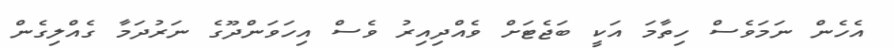
އެހެން ނަމަވެސް ހިތާމަ އަކީ ބަޖެޓަށް ވެއްދިއިރު ވެސް އިހަވަންދޫގެ ނަރުދަމާ ގެއްލިގެން